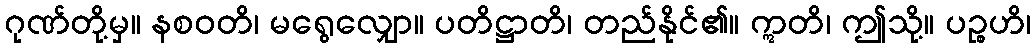
ဂုဏ်တို့မှ။ နစဝတိ၊ မရွေလျှော။ ပတိဋ္ဌာတိ၊ တည်နိုင်၏။ ဣတိ၊ ဤသို့။ ပဉ္စဟိ၊